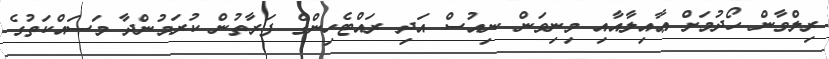
ރިލްވާން ހޯދުމަށް ޢާއިލާއާއި މިނިވަން ނިއުސް އަދި ރައްޓެހިންގެ ފަރާތުން ކުރަމުންދާ މަސައްކަތުގެ